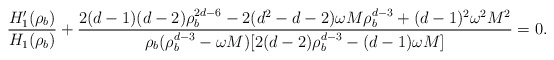
\begin{align*}\frac{H_1'(\rho_b)}{ H_1(\rho_b)} + \frac{2(d-1)(d-2) \rho_b^{2d-6} -2(d^2-d-2) \omega M \rho_b^{d -3} + (d-1)^2 \omega^2 M^2}{ \rho_b(\rho_b^{d-3} - \omega M) [2(d-2) \rho_b^{d-3} - (d-1) \omega M]} = 0.\end{align*}